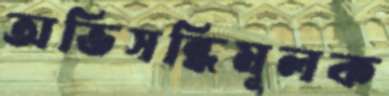
অভিসন্ধিমূলক